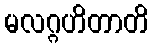
မလဂ္ဂဟိတာတိ